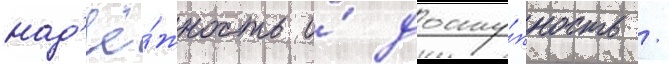
над'ё́жность и́ досту́пность /